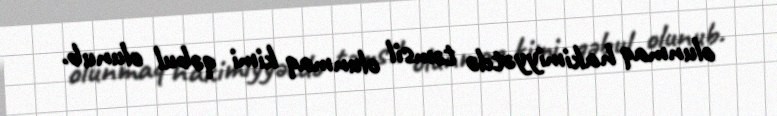
olunmaq hakimiyyətdə təmsil olunmaq kimi qəbul olunub.